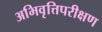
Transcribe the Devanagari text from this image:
अभिवृत्तिपरीक्षण